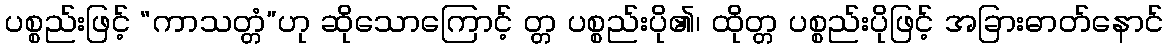
ပစ္စည်းဖြင့် “ကာသတ္တံ”ဟု ဆိုသောကြောင့် တ္တ ပစ္စည်းပို၏၊ ထိုတ္တ ပစ္စည်းပိုဖြင့် အခြားဓာတ်နောင်